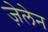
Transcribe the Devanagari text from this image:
ज़ेलेन